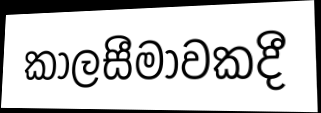
කාලසීමාවකදී